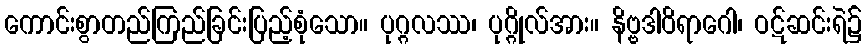
ကောင်းစွာတည်ကြည်ခြင်းပြည့်စုံသော။ ပုဂ္ဂလဿ၊ ပုဂ္ဂိုလ်အား။ နိဗ္ဗဒါဝိရာဂေါ၊ ဝဋ်ဆင်းရဲ၌